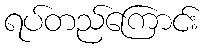
ရပ်တည်ကြောင်း